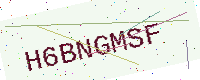
Text: H6BNGMSF